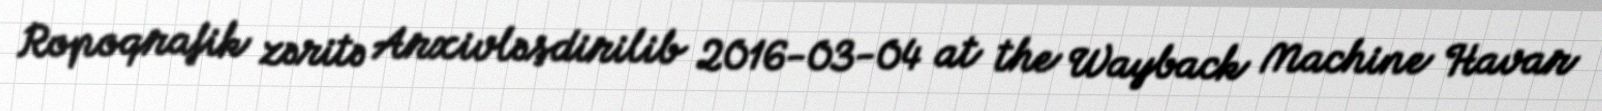
Ropoqrafik zəritə Arxivləşdirilib 2016-03-04 at the Wayback Machine Havar